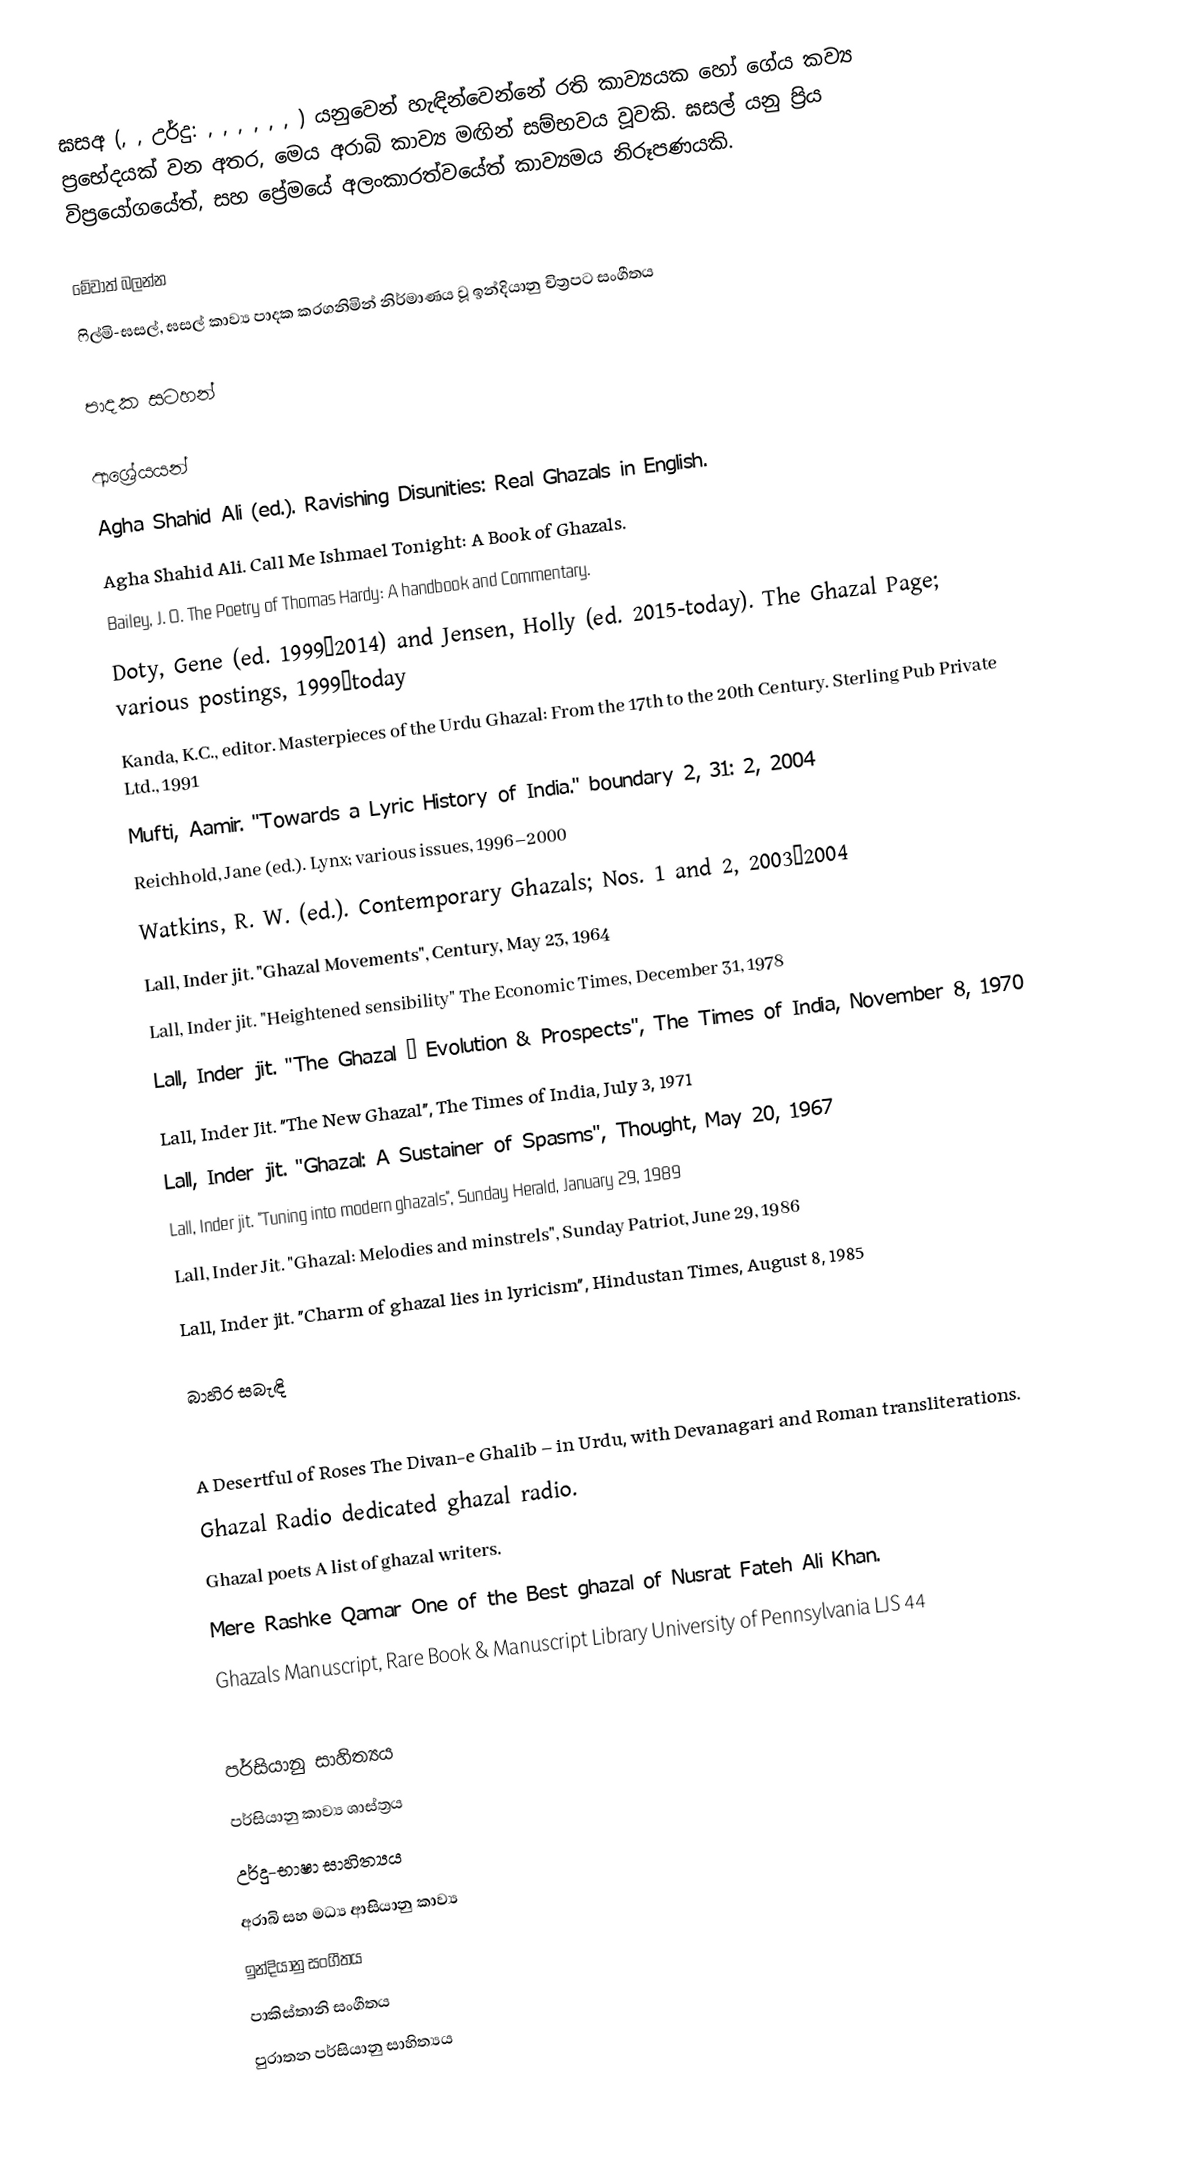
ඝසඅ (, , උර්දු: , , , , , , ) යනුවෙන් හැඳින්වෙන්නේ රති කාව්‍යයක හෝ ගේය කව්‍ය ප්‍රභේදයක් වන අතර, මෙය අරාබි කාව්‍ය මඟින් සම්භවය වූවකි. ඝසල් යනු ප්‍රිය විප්‍රයෝගයේත්, සහ ප්‍රේමයේ අලංකාරත්වයේත් කාව්‍යමය නිරූපණයකි.

මේවාත් බලන්න
 ෆිල්මි-ඝසල්, ඝසල් කාව්‍ය පාදක කරගනිමින් නිර්මාණය වූ ඉන්දියානු චිත්‍රපට සංගීතය

පාදක සටහන්

ආශ්‍රේයයන්
 Agha Shahid Ali (ed.). Ravishing Disunities: Real Ghazals in English.
 Agha Shahid Ali. Call Me Ishmael Tonight: A Book of Ghazals.
 Bailey, J. O. The Poetry of Thomas Hardy: A handbook and Commentary.
 Doty, Gene (ed. 1999–2014) and Jensen, Holly (ed. 2015-today). The Ghazal Page; various postings, 1999—today
 Kanda, K.C., editor. Masterpieces of the Urdu Ghazal: From the 17th to the 20th Century. Sterling Pub Private Ltd., 1991
 Mufti, Aamir. "Towards a Lyric History of India." boundary 2, 31: 2, 2004
 Reichhold, Jane (ed.).  Lynx; various issues, 1996–2000
 Watkins, R. W. (ed.).  Contemporary Ghazals; Nos. 1 and 2, 2003–2004
 Lall, Inder jit. "Ghazal Movements", Century, May 23, 1964
 Lall, Inder jit. "Heightened sensibility" The Economic Times, December 31, 1978
 Lall, Inder jit. "The Ghazal – Evolution & Prospects", The Times of India, November 8, 1970
 Lall, Inder Jit. "The New Ghazal", The Times of India, July 3, 1971
 Lall, Inder jit. "Ghazal: A Sustainer of Spasms", Thought, May 20, 1967
 Lall, Inder jit. "Tuning into modern ghazals", Sunday Herald, January 29, 1989
 Lall, Inder Jit. "Ghazal: Melodies and minstrels", Sunday Patriot, June 29, 1986
 Lall, Inder jit. "Charm of ghazal lies in lyricism", Hindustan Times, August 8, 1985

බාහිර සබැඳි

 A Desertful of Roses The Divan-e Ghalib – in Urdu, with Devanagari and Roman transliterations.
 Ghazal Radio dedicated ghazal radio.
 Ghazal poets A list of ghazal writers.
 Mere Rashke Qamar One of the Best ghazal of Nusrat Fateh Ali Khan.
 Ghazals Manuscript, Rare Book & Manuscript Library University of Pennsylvania LJS 44

පර්සියානු සාහිත්‍යය
පර්සියානු කාව්‍ය ශාස්ත්‍රය
උර්දු-භාෂා සාහිත්‍යය
අරාබි සහ මධ්‍ය ආසියානු කාව්‍ය
ඉන්දියානු සංගීතය
පාකිස්තානි සංගීතය
පුරාතන පර්සියානු සාහිත්‍යය